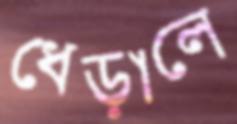
ধেড়ালে